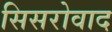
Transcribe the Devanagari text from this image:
सिसरोवाद